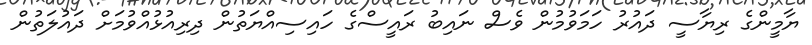
ޔާމީންގެ ރިޔާސީ ދައުރު ހަމަވުމުން ވެސް ނައިބު ރައީސްގެ ހައިސިއްޔަތުން ދިރިއުޅުއްވުމަށް ދައުލަތުން